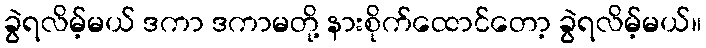
ခွဲရလိမ့်မယ် ဒကာ ဒကာမတို့ နားစိုက်ထောင်တော့ ခွဲရလိမ့်မယ်။